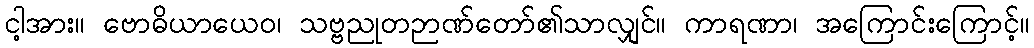
ငါ့အား။ ဗောဓိယာယေဝ၊ သဗ္ဗညုတဉာဏ်တော်၏သာလျှင်။ ကာရဏာ၊ အကြောင်းကြောင့်။